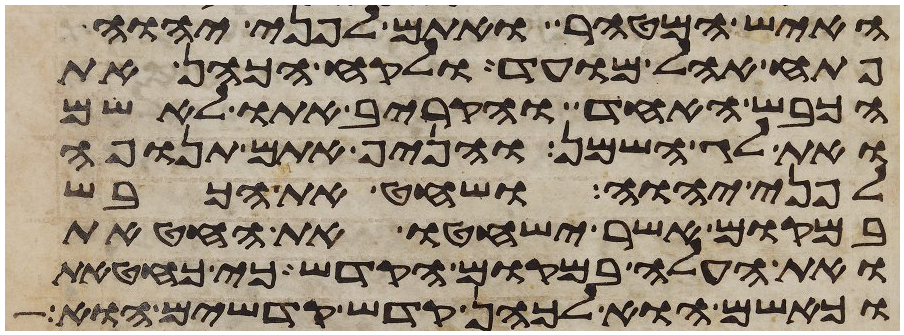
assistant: האיש המטהר ואתם לפני יהוה
פתח אהל מועד ולקח הכהן את
הכבש האחד והקריב אתו לאשם
ואת לג השמן והניף אתם תנופה
לפני יהוה ושחט את הכבש
במקום אשר ישחטו את החטאת
ואת העלה במקום הקדש כי כחטאת
כאשם הוא לכהן קדש קדשים הוא